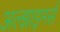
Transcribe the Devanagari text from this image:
अल्झाइमर्स